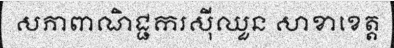
សភាពាណិជ្ជករស៊ីឈួន សាខាខេត្ត